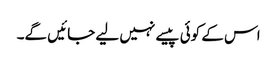
اس کے کوئی پیسے نہیں لیے جائیں گے۔